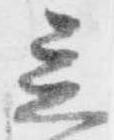
立